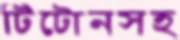
টিটোনসহ